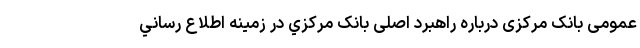
عمومی بانک مرکزی درباره راهبرد اصلی بانک مرکزي در زمينه اطلاع رساني